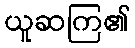
ယူဆကြ၏